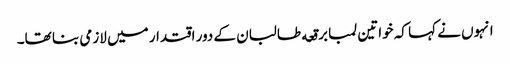
انہوں نے کہا کہ خواتین لمبا برقعه طالبان کے دور اقتدار میں لازمی بنا تھا۔